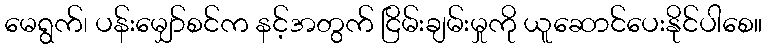
မေရွက်၊ ပန်းမျှော်စင်က နင့်အတွက် ငြိမ်းချမ်းမှုကို ယူဆောင်ပေးနိုင်ပါစေ။